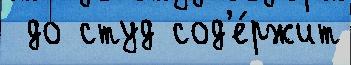
 до студ сод'е́ржит